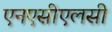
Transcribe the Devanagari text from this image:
एनएसीएलसी